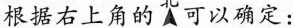
根据右上角的可以确定：